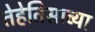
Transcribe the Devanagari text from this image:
तेहेतिसाव्या